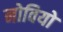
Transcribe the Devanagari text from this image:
नोवियो